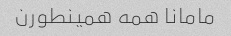
مامانا همه همینطورن